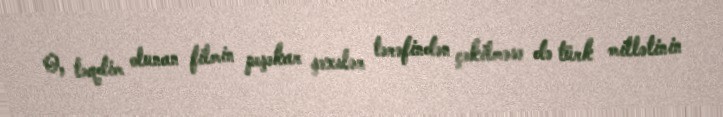
O, təqdim olunan filmin peşəkar şəxslər tərəfindən çəkilməsə də türk millətinin